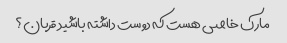
مارک خاصی هست که دوست داشته باشید قربان؟